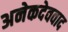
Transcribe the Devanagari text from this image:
अनेकदेववाद